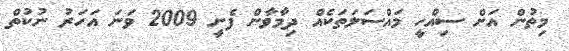
މިތުން އަށް ސިއްހީ މައްސަލަތަކެއް ދިމާވާން ފެށީ 2009 ވަނަ އަހަރު ނުކުތް